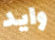
وايد